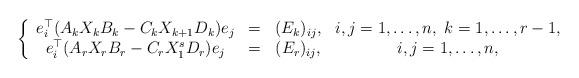
LaTeX: \begin{align*}\left\{ \begin{array}{cccc}e_i^\top (A_k X_k B_k - C_k X_{k+1} D_k) e_j& =& (E_k)_{ij}, & i,j = 1, \ldots, n, \ k = 1, \ldots, r-1,\\ e_i^\top(A_rX_rB_r-C_rX_1^sD_r)e_j&=&(E_r)_{ij}, & i,j = 1, \ldots, n, \end{array}\right.\end{align*}